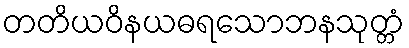
တတိယဝိနယဓရသောဘနသုတ္တံ